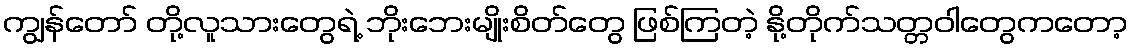
ကျွန်တော် တို့လူသားတွေရဲ့ ဘိုးဘေးမျိုးစိတ်တွေ ဖြစ်ကြတဲ့ နို့တိုက်သတ္တဝါတွေကတော့